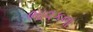
ભાવકના